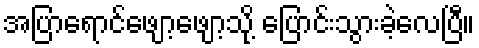
အပြာရောင်ဖျော့ဖျော့သို့ ပြောင်းသွားခဲ့လေပြီ။